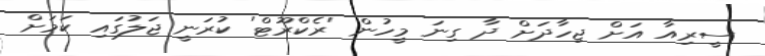
ސީރިއާ އަށް ޖިހާދަށް ދާ ގިނަ މީހުން 'ރެކްރޫޓް' ކުރަނީ ޖަލުގައި ކަމަށް